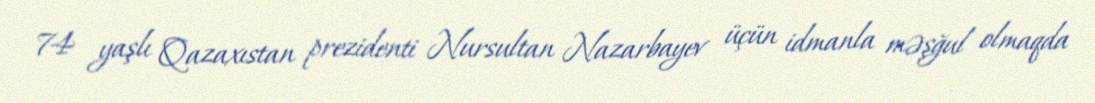
74 yaşlı Qazaxıstan prezidenti Nursultan Nazarbayev üçün idmanla məşğul olmaqda